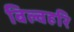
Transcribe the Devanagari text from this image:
बिल्वहरि